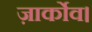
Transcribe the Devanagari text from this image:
ज़ार्कोव।